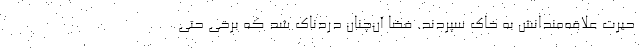
حیرت علاقه‌مندانش به خاک سپردند. فضا آن‌چنان دردناک شد که برخی حتی